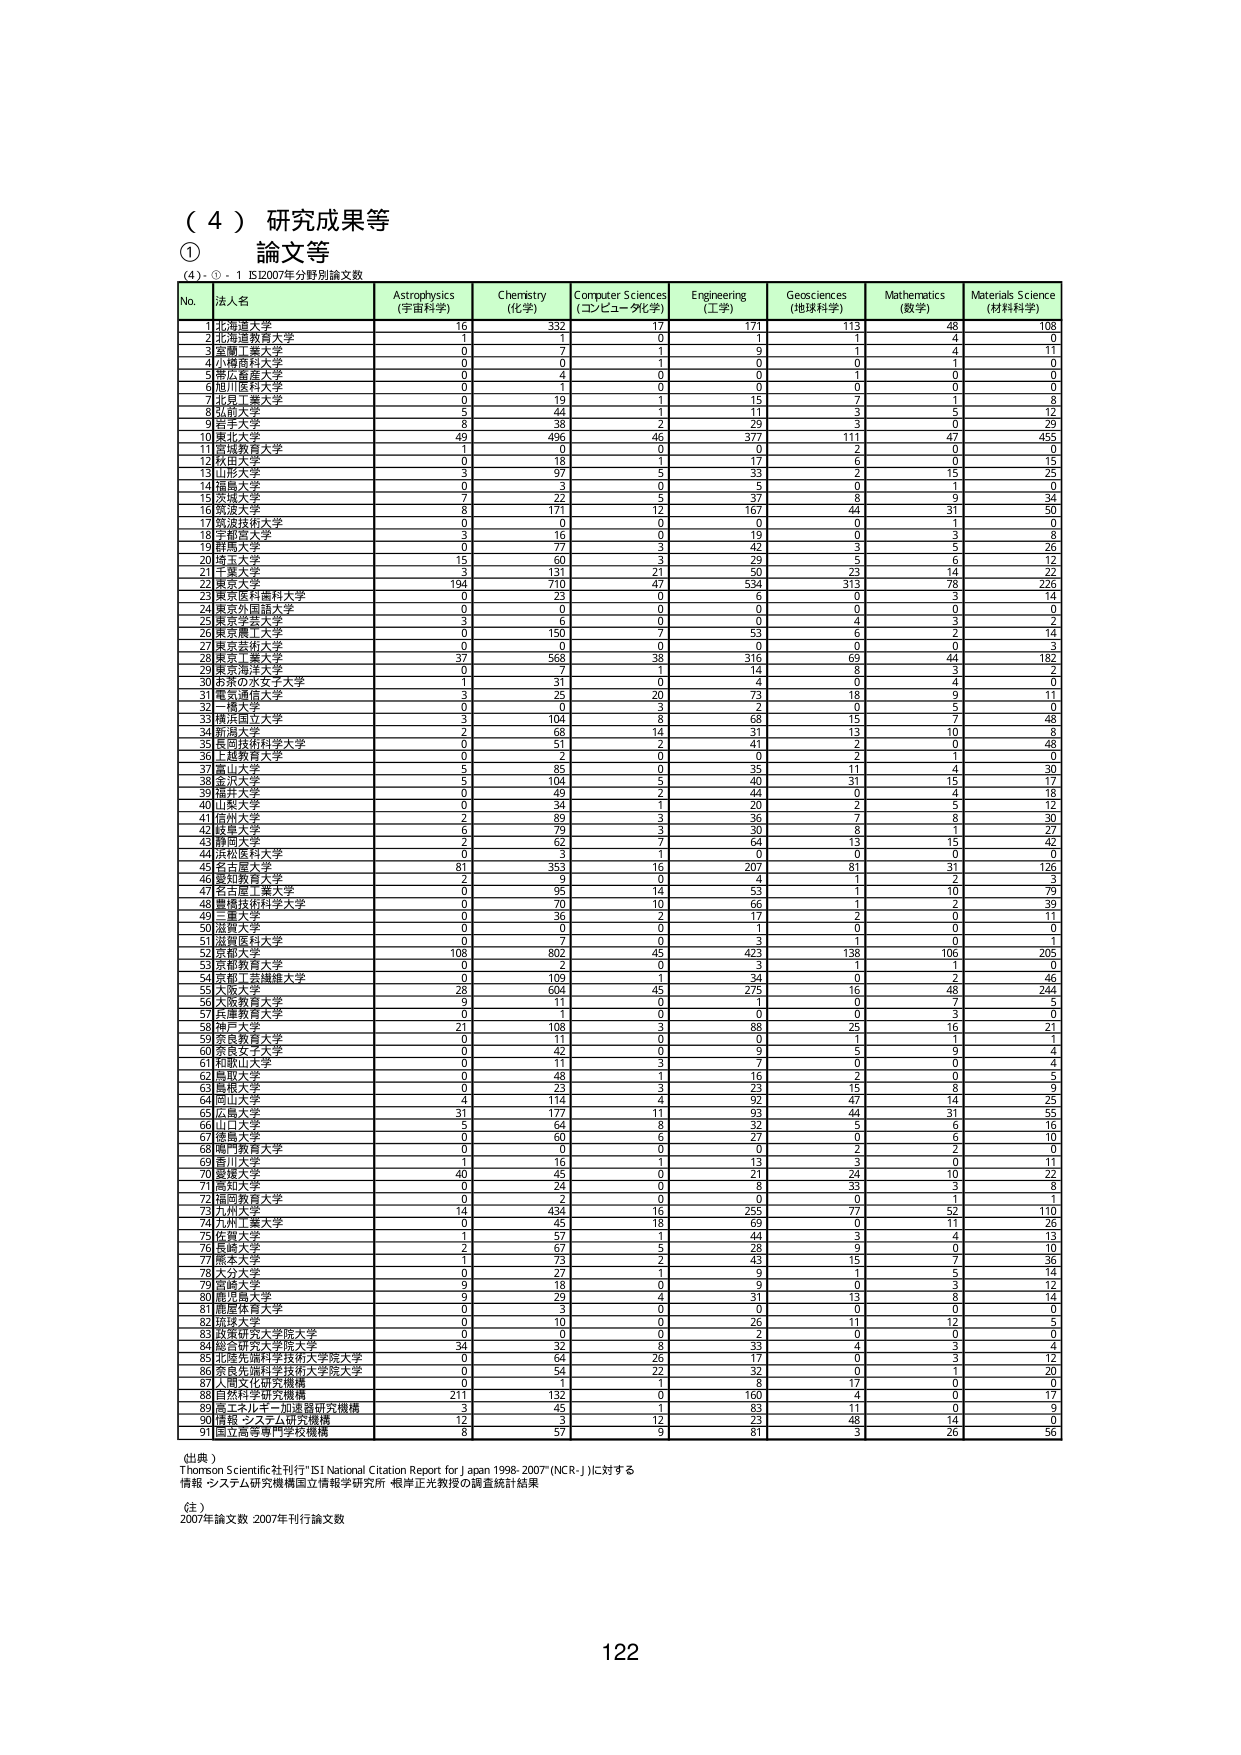
（４）研究成果等
① 論文等
（4）- ① - 1 IS2007年分野別論文数

No. 法人名 Astrophysics (宇宙科学) Chemistry (化学) Computer Sciences (コンピュータ科学) Engineering (工学) Geosciences (地球科学) Mathematics (数学) Materials Science (材料科学)
1 北海道大学 16 332 17 171 113 48 108
2 宮城県教育大学 1 7 0 1 1 4 0
3 早稲田大学 0 1 1 9 1 4 11
4 小樽商科大学 0 0 1 0 0 1 0
5 帯広畜産大学 0 4 0 0 1 0 0
6 旭川医科大学 0 1 0 0 0 0 0
7 北見工業大学 0 19 1 7 1 1 8
8 弘前大学 5 44 1 11 3 5 12
9 岩手大学 8 38 2 29 3 0 29
10 東北大学 49 496 46 377 111 47 455
11 宮城教育大学 1 0 0 0 2 0 0
12 秋田大学 0 18 1 17 6 0 15
13 山形大学 3 97 5 33 2 15 25
14 福島大学 0 3 0 5 0 1 0
15 茨城大学 7 22 5 37 8 9 34
16 筑波大学 8 171 12 167 44 31 50
17 筑波技術大学 0 0 0 0 0 1 0
18 宇都宮大学 3 16 0 19 0 3 8
19 群馬大学 0 77 3 42 3 5 26
20 埼玉大学 15 60 3 29 5 6 12
21 千葉大学 3 131 21 50 23 14 22
22 東京大学 194 710 47 534 313 78 226
23 東京医科歯科大学 0 23 0 6 0 3 14
24 東京外国語大学 0 0 0 0 0 0 0
25 東京学芸大学 0 6 0 0 4 3 2
26 東京農工大学 0 150 7 53 6 2 14
27 東京芸術大学 0 0 0 0 0 0 3
28 東京工業大学 37 568 38 316 69 44 182
29 東京理科大学 0 7 1 14 8 3 8
30 名誉の女子大学 1 31 0 4 0 4 0
31 電気通信大学 3 25 20 73 18 9 11
32 一橋大学 0 0 3 2 0 5 0
33 横浜国立大学 3 104 8 68 15 7 48
34 新潟大学 2 68 14 31 13 10 8
35 長岡技術科学大学 0 51 2 41 2 0 48
36 上越教育大学 0 2 0 0 2 1 0
37 富山大学 5 85 0 35 11 4 30
38 金沢大学 5 104 5 40 31 15 17
39 福井大学 0 49 2 44 0 4 18
40 山梨大学 0 34 1 20 2 5 12
41 信州大学 2 89 3 36 7 8 30
42 静岡大学 6 79 3 30 8 1 27
43 愛知大学 2 62 7 64 13 15 42
44 浜松医科大学 0 3 1 0 0 0 0
45 名古屋大学 81 353 16 207 81 31 126
46 愛知教育大学 2 9 0 4 1 2 3
47 名古屋工業大学 0 95 14 53 1 10 79
48 豊橋技術科学大学 0 70 10 66 1 2 39
49 三重大学 0 36 2 17 2 0 11
50 滋賀大学 0 0 0 1 0 0 0
51 京都教育大学 0 7 0 3 1 0 0
52 京都大学 108 802 45 423 138 106 205
53 京都教育大学 0 2 0 3 1 1 0
54 京都工芸繊維大学 0 109 1 34 0 2 46
55 大阪大学 28 604 45 275 16 48 244
56 大阪教育大学 9 11 0 1 0 7 5
57 兵庫教育大学 0 1 0 0 0 3 0
58 神戸大学 21 108 3 88 25 16 21
59 奈良教育大学 0 11 0 0 1 1 1
60 奈良女子大学 0 42 0 9 5 9 4
61 和歌山大学 0 11 3 7 0 0 4
62 鳥取大学 0 48 1 16 2 0 5
63 島根大学 0 23 3 23 15 8 9
64 岡山大学 4 114 4 92 47 14 25
65 広島大学 31 177 11 93 44 31 55
66 山口大学 5 64 8 32 5 6 16
67 徳島大学 0 60 6 27 0 6 10
68 香川大学 0 0 0 0 2 2 0
69 愛媛大学 1 16 1 13 3 0 11
70 愛媛大学 40 45 0 21 24 10 22
71 高知大学 0 24 0 8 33 3 8
72 福岡教育大学 0 2 0 0 0 1 1
73 九州大学 12 434 16 255 77 52 110
74 九州工業大学 0 45 18 69 0 11 26
75 佐賀大学 1 57 1 44 3 4 13
76 長崎大学 2 67 5 28 9 0 10
77 熊本大学 1 73 2 43 15 7 36
78 大分大学 0 27 1 9 1 5 14
79 宮崎大学 9 18 0 9 0 3 12
80 鹿児島大学 9 29 4 31 13 8 14
81 鹿屋体育大学 0 3 0 0 0 0 0
82 琉球大学 0 10 0 26 11 12 5
83 愛媛県立大学院大学 0 0 0 2 0 0 0
84 総合研究大学院大学 34 32 8 33 4 3 4
85 北海道科学技術大学院大学 0 64 26 17 0 3 12
86 東北先端科学技術大学院大学 0 54 22 32 0 1 22
87 人間文化研究機構 0 1 1 8 17 0 0
88 自然科学研究機構 211 132 0 160 4 0 17
89 高エネルギー加速器研究機構 3 45 1 83 11 0 9
90 情報・システム研究機構 12 4 12 33 48 14 5
91 国立高等専門学校機構 8 57 9 81 3 26 56

（出典）
Thomson Scientific社刊行「ISI National Citation Report for Japan 1998-2007 (NCR-J)」に対する
情報 システム研究機構国立情報学研究所 根岸正光教授の調査統計結果

（注）
2007年論文数 2007年刊行論文数

122